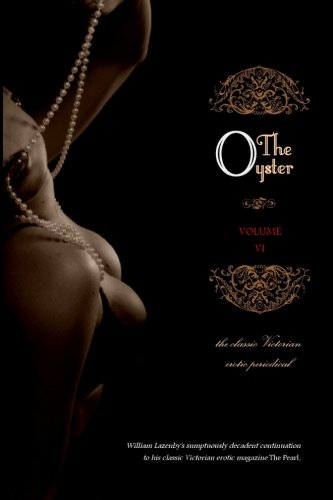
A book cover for The Oyster: Volume 6; Anonymous; Romance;